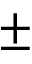
\pm